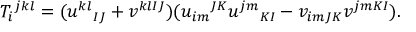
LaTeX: T _ { i } { } ^ { j k l } = ( u ^ { k l } { } _ { I J } + v ^ { k l I J } ) ( u _ { i m } { } ^ { J K } u ^ { j m } { } _ { K I } - v _ { i m J K } v ^ { j m K I } ) .